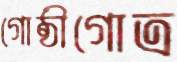
গোষ্ঠীগোত্র